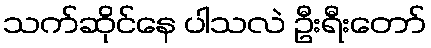
သက်ဆိုင်နေ ပါသလဲ ဦးရီးတော်